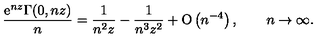
\frac { \mathrm { e } ^ { n z } \Gamma ( 0 , n z ) } { n } = \frac { 1 } { n ^ { 2 } z } - \frac { 1 } { n ^ { 3 } z ^ { 2 } } + \mathrm { O } \left( n ^ { - 4 } \right) , \qquad n \to \infty .